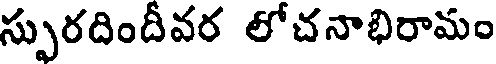
స్పురదిందీవర లోచనాభిరామం